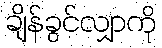
ချိန်ခွင်လျှာကို